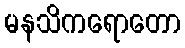
မနသိကရောတော